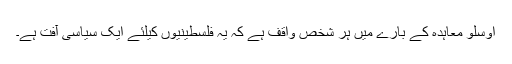
اوسلو معاہدہ کے بارے میں ہر شخص واقف ہے کہ یہ فلسطینیوں کیلئے ایک سیاسی آفت ہے۔